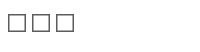
١٠٢